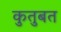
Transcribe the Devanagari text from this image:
कुतुबत